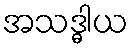
အသဒ္ဓါယ